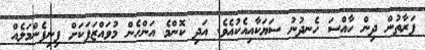
ފަރާތުން ދިން ހާއްސަ ހެނދުނު ސަޔަކާއިއެކުއެވެ. އަދި ކޮންމެ އަންހެން މުވައްޒަފަކަށް ފިނިފެންމަލެއް